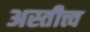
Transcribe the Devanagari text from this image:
अस्तीत्त्व